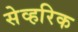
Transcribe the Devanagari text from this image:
सेव्हरिक